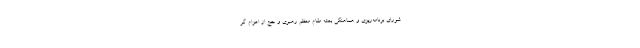
شورای برنامه‌ریزی و هماهنگی بعثه مقام معظم رهبری و حج از اعزام گر